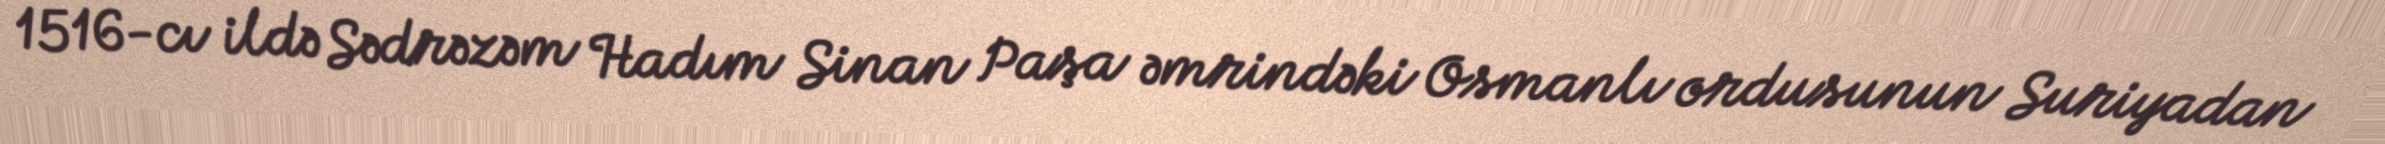
1516-cı ildə Sədrəzəm Hadım Sinan Paşa əmrindəki Osmanlı ordusunun Suriyadan